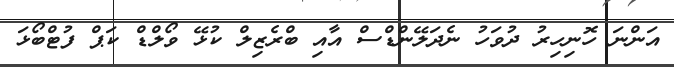
އަންނަ ހޮނިހިރު ދުވަހު ނެދަލޭންޑްސް އާއި ބްރެޒިލް ކުޅޭ ވޯލްޑް ކަޕް ފުޓްބޯޅަ